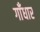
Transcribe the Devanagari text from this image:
गाँधार